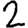
Digit: 2